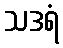
သဒရံ